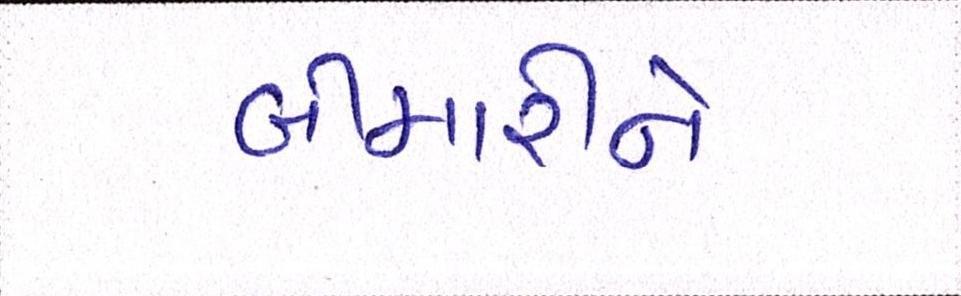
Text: બીમારીને